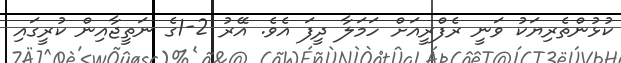
ކުޅުންތެރިޔަކު ވަނީ ރެފްރީއަށް ހަމަލާ ދީފަ އެވެ. އޭރު 2-1ގެ ނަތީޖާއިން ކުރީގައި